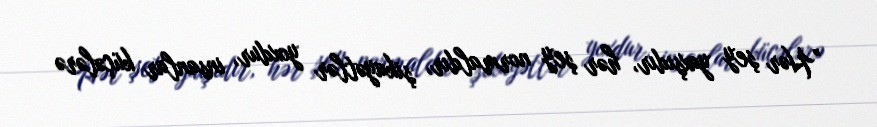
”Hər şey yaxşıdır, hər şey normaldır, şikayətlər yoxdur, insanlar küçələrə